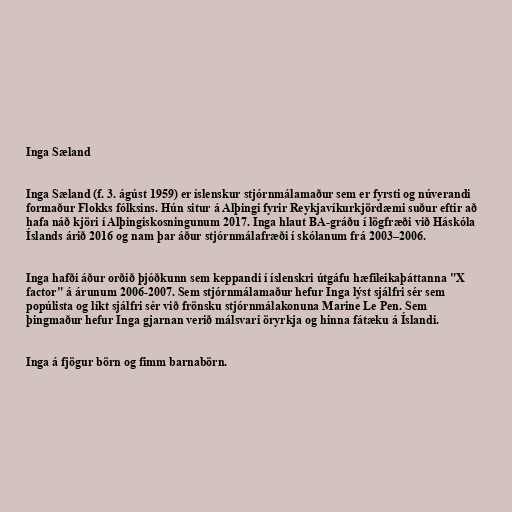
Inga Sæland

Inga Sæland (f. 3. ágúst 1959) er íslenskur stjórnmálamaður sem er fyrsti og núverandi
formaður Flokks fólksins. Hún situr á Alþingi fyrir Reykjavíkurkjördæmi suður eftir að
hafa náð kjöri í Alþingiskosningunum 2017. Inga hlaut BA-gráðu í lögfræði við Háskóla
Íslands árið 2016 og nam þar áður stjórnmálafræði í skólanum frá 2003–2006.

Inga hafði áður orðið þjóðkunn sem keppandi í íslenskri útgáfu hæfileikaþáttanna "X
factor" á árunum 2006-2007. Sem stjórnmálamaður hefur Inga lýst sjálfri sér sem
popúlista og líkt sjálfri sér við frönsku stjórnmálakonuna Marine Le Pen. Sem
þingmaður hefur Inga gjarnan verið málsvari öryrkja og hinna fátæku á Íslandi.

Inga á fjögur börn og fimm barnabörn.